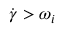
\dot { \gamma } > \omega _ { i }